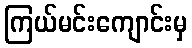
ကြယ်မင်းကျောင်းမှ